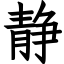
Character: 静